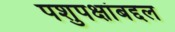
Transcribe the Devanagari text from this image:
पशुपक्षांबद्दल